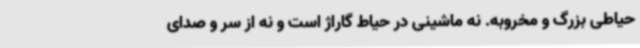
حیاطی بزرگ و مخروبه. نه ماشینی در حیاط گاراژ است و نه از سر و صدای